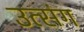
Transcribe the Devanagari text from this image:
उत्संग